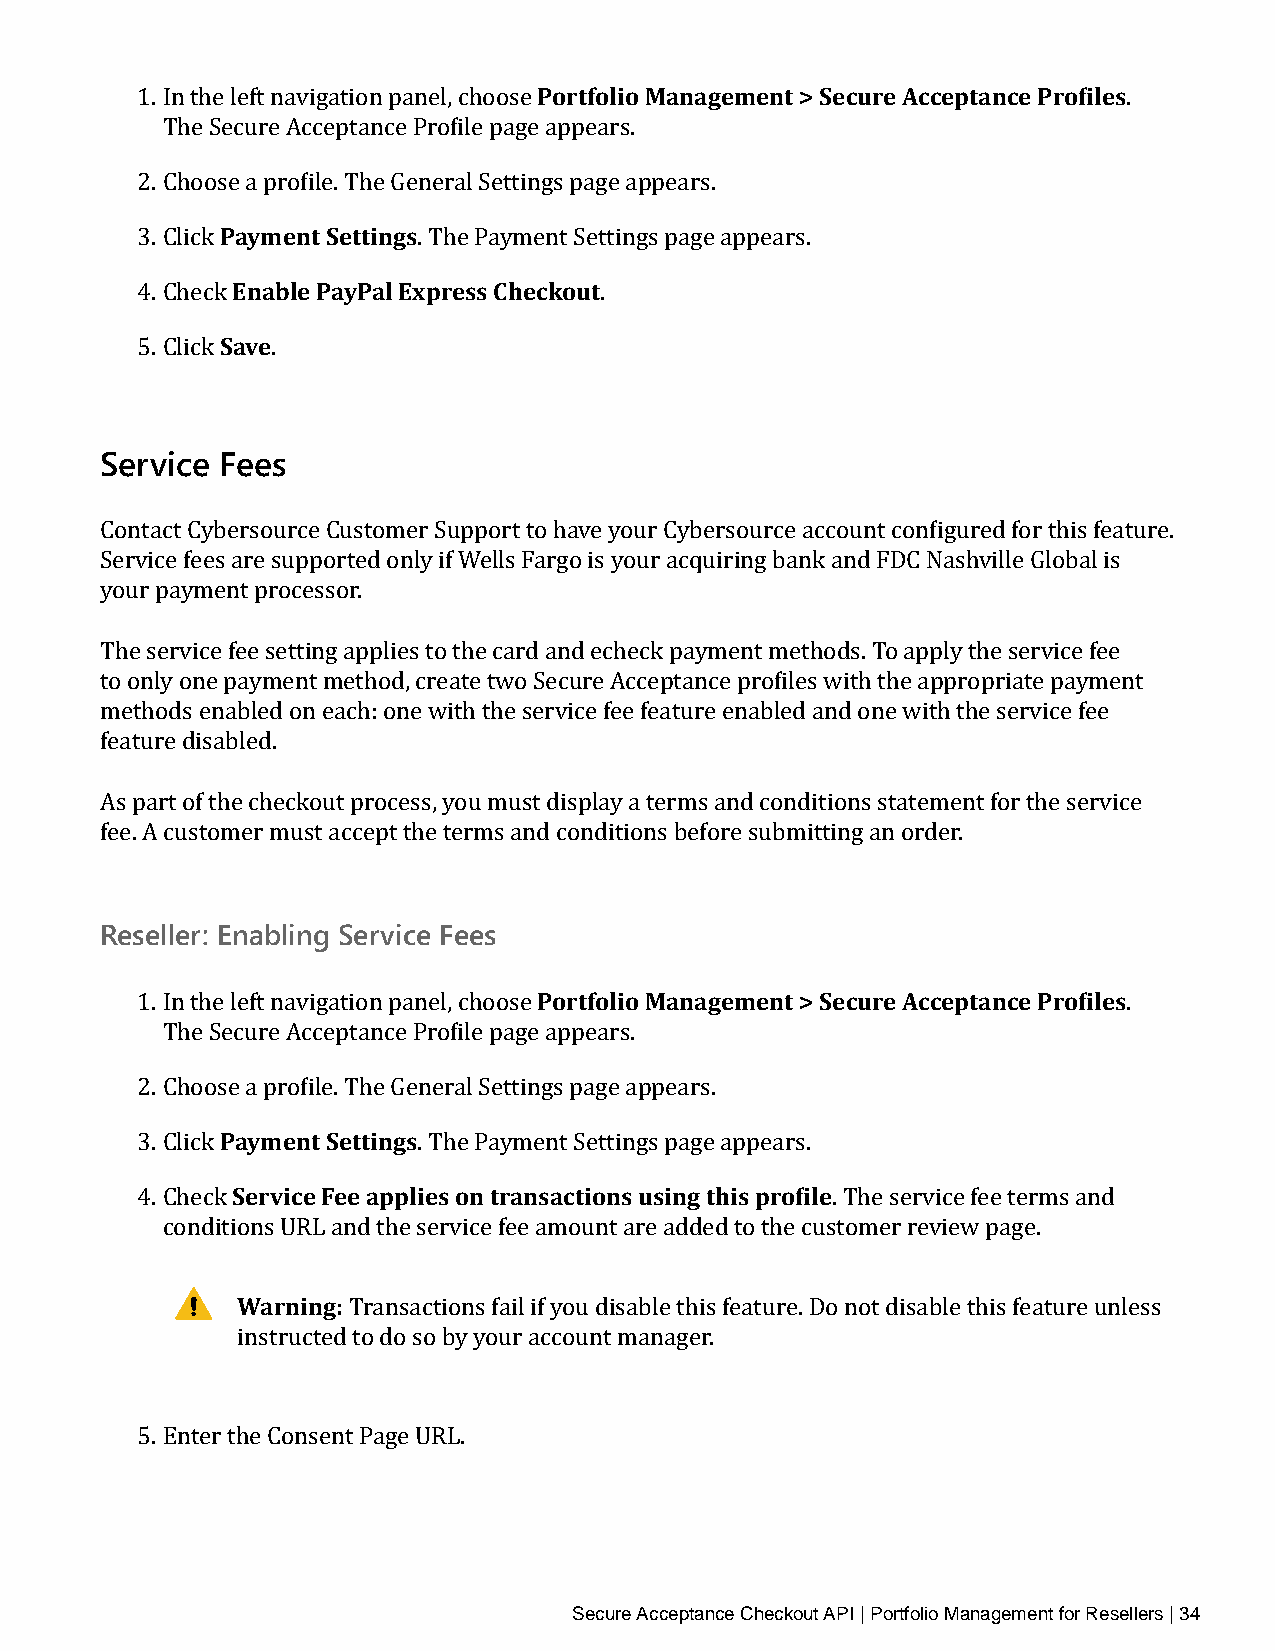
Portfolio Management > Secure Acceptance Profiles
 1. In the left navigation panel, choose                           .
 The Secure Acceptance Profile page appears.
 2. ChoosPea ay mpreonfitl eS. eTthtien Ggesneral Settings page appears.
 3. Click Enable PayPal Ex. pTrhees Ps aCyhmeecnkto Suetttings page appears.
 4. CheckS ave                  .
 5. Click .
 Service Fees
 Contact Cybersource Customer Support to have your Cybersource account configured for this feature.
 Service fees are supported only if Wells Fargo is your acquiring bank and FDC Nashville Global is
 your payment processor.
 The service fee setting applies to the card and echeck payment methods. To apply the service fee
 to only one payment method, create two Secure Acceptance profiles with the appropriate payment
 methods enabled on each: one with the service fee feature enabled and one with the service fee
 feature disabled.
 As part of the checkout process, you must display a terms and conditions statement for the service
 fee. A customer must accept the terms and conditions before submitting an order.
 Reseller: Enabling Service Fees
 Portfolio Management > Secure Acceptance Profiles
 1. In the left navigation panel, choose                           .
 The Secure Acceptance Profile page appears.
 2. ChoosPea ay mpreonfitl eS. eTthtien Ggesneral Settings page appears.
 3. Click Service Fee appli. eTsh oe nP atryamnesnatc Stieotntisn guss pinagg et haipsp peraorsfi.le
 4. Check                                      . The service fee terms and
 conditions URL and the service fee amount are added to the customer review page.
 Warning:
 Transactions fail if you disable this feature. Do not disable this feature unless
 instructed to do so by your account manager.
 5. Enter the Consent Page URL.
 Secure Acceptance Checkout API | Portfolio Management for Resellers | 34